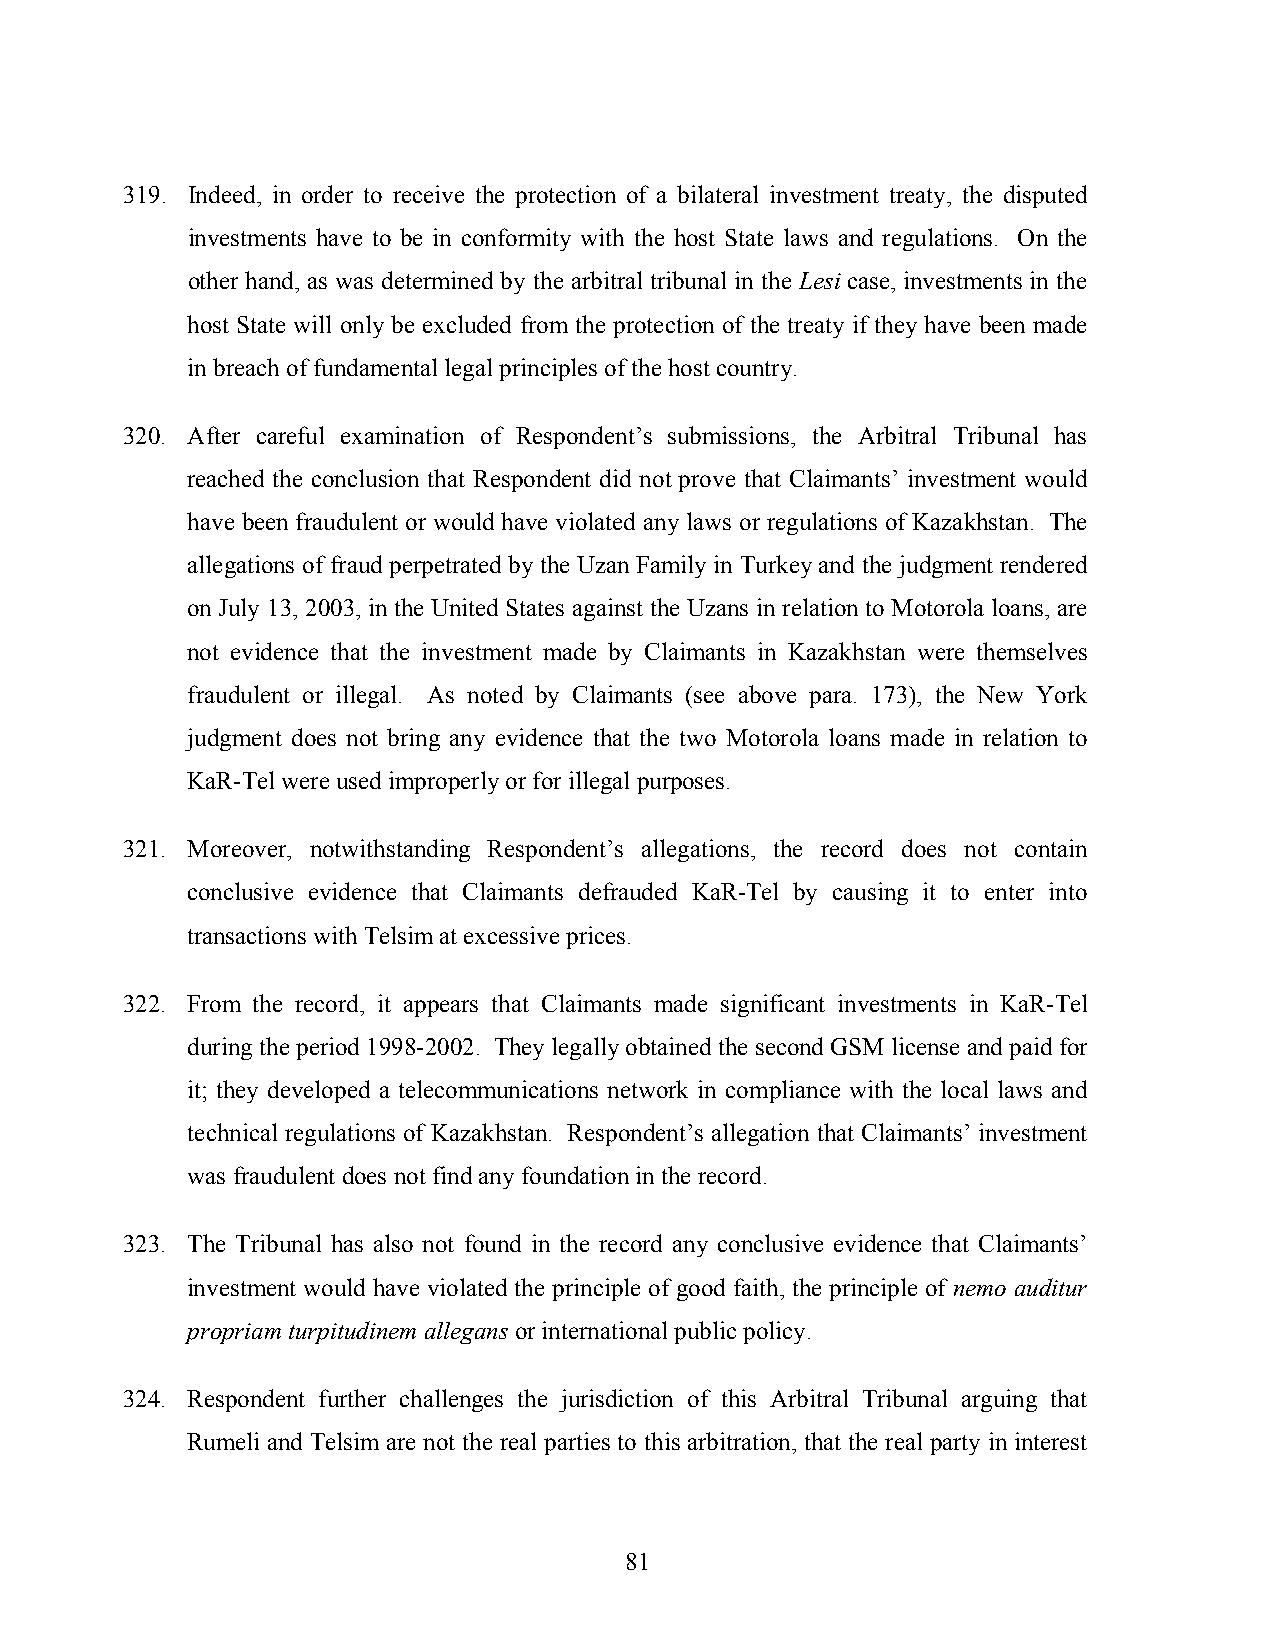
319. Indeed, in order to receive the protection of a bilateral investment treaty, the disputed
 investments have to be in conformity with the host State laws and regulations. On the
 other hand, as was determined by the arbitral tribunal in the Lesi case, investments in the
 host State will only be excluded from the protection of the treaty if they have been made
 in breach of fundamental legal principles of the host country.
 320. After careful examination of Respondent’s submissions, the Arbitral Tribunal has
 reached the conclusion that Respondent did not prove that Claimants’ investment would
 have been fraudulent or would have violated any laws or regulations of Kazakhstan. The
 allegations of fraud perpetrated by the Uzan Family in Turkey and the judgment rendered
 on July 13, 2003, in the United States against the Uzans in relation to Motorola loans, are
 not evidence that the investment made by Claimants in Kazakhstan were themselves
 fraudulent or illegal. As noted by Claimants (see above para. 173), the New York
 judgment does not bring any evidence that the two Motorola loans made in relation to
 KaR-Tel were used improperly or for illegal purposes.
 321. Moreover, notwithstanding Respondent’s allegations, the record does not contain
 conclusive evidence that Claimants defrauded KaR-Tel by causing it to enter into
 transactions with Telsim at excessive prices.
 322. From the record, it appears that Claimants made significant investments in KaR-Tel
 during the period 1998-2002. They legally obtained the second GSM license and paid for
 it; they developed a telecommunications network in compliance with the local laws and
 technical regulations of Kazakhstan. Respondent’s allegation that Claimants’ investment
 was fraudulent does not find any foundation in the record.
 323. The Tribunal has also not found in the record any conclusive evidence that Claimants’
 investment would have violated the principle of good faith, the principle of nemo auditur
 propriam turpitudinem allegans or international public policy.
 324. Respondent further challenges the jurisdiction of this Arbitral Tribunal arguing that
 Rumeli and Telsim are not the real parties to this arbitration, that the real party in interest
 81